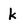
Character: k